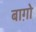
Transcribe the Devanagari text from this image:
बाग़ोे